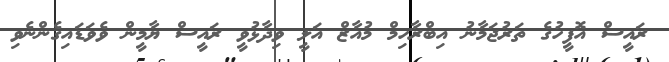
ރައީސް އޮފީހުގެ ތަރުޖަމާނު އިބްރާހިމް މުއާޒް އަލީ ވިދާޅުވީ ރައީސް ޔާމީން ވެވަޑައިގެންނެވި